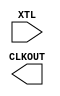
module MSS_XTLOSC( 
    XTL, 
    CLKOUT );

/* synthesis syn_black_box */
/* synthesis black_box_pad_pin ="XTL" */

    output CLKOUT;
    input  XTL;
endmodule

module MSS_LPXTLOSC( 
    LPXIN, 
    CLKOUT );

/* synthesis syn_black_box */
/* synthesis black_box_pad_pin ="LPXIN" */

    output CLKOUT;
    input  LPXIN;
endmodule

module INBUF_MSS( 
    PAD, 
    Y );

/* synthesis syn_black_box */
/* synthesis black_box_pad_pin ="PAD" */

    input  PAD;
    output Y;

parameter ACT_PIN    = "";
parameter ACT_CONFIG = 1'b0;
endmodule

module OUTBUF_MSS( 
    D, 
    PAD );

/* synthesis syn_black_box */
/* synthesis black_box_pad_pin ="PAD" */

    input  D;
    output PAD;

parameter ACT_PIN    = "";
parameter ACT_CONFIG = 1'b0;
endmodule

module TRIBUFF_MSS( 
    D, 
    E, 
    PAD );

/* synthesis syn_black_box */
/* synthesis black_box_pad_pin ="PAD" */

    input  D;
    input  E;
    output PAD;

parameter ACT_PIN    = "";
parameter ACT_CONFIG = 1'b0;
endmodule

module BIBUF_MSS(
    PAD,
    D, 
    E, 
    Y );

/* synthesis syn_black_box */
/* synthesis black_box_pad_pin ="PAD" */

    inout  PAD;
    input  D;
    input  E;
    output Y;

parameter ACT_PIN    = "";
parameter ACT_CONFIG = 1'b0;
endmodule

module BIBUF_OPEND_MSS(
    PAD, 
    E, 
    Y );

/* synthesis syn_black_box */
/* synthesis black_box_pad_pin ="PAD" */

    inout PAD;
    input E;
    output Y;

parameter ACT_PIN    = "";
parameter ACT_CONFIG = 1'b0;
endmodule

module INBUF_MCCC( 
    PAD, 
    Y );

/* synthesis syn_black_box */
/* synthesis black_box_pad_pin ="PAD" */

    input  PAD;
    output Y;

parameter ACT_PIN    = "";
parameter ACT_CONFIG = 1'b0;
endmodule

module INBUF_LVPECL_MCCC( 
    PADP, 
    PADN, 
    Y );

/* synthesis syn_black_box */
/* synthesis black_box_pad_pin ="PADP, PADN" */

    input  PADP;
    input  PADN;
    output Y;

parameter ACT_PIN    = "";
endmodule

module INBUF_LVDS_MCCC( 
    PADP, 
    PADN, 
    Y );

/* synthesis syn_black_box */
/* synthesis black_box_pad_pin ="PADP, PADN" */

    input  PADP;
    input  PADN;
    output Y;

parameter ACT_PIN    = "";
endmodule

module MSSINT(Y,A);
/* synthesis syn_black_box */
   input A;
   output Y;
endmodule

module MSS_CCC(
       CLKA,
       EXTFB,
       GLA,
       GLAMSS,
       LOCK,
       LOCKMSS,
       CLKB,
       GLB,
       YB,
       CLKC,
       GLC,
       YC,
       MACCLK,
       OADIV,
       OADIVHALF,
       OAMUX,
       BYPASSA,
       DLYGLA,
       DLYGLAMSS,
       DLYGLAFAB,
       OBDIV,
       OBDIVHALF,
       OBMUX,
       BYPASSB,
       DLYGLB,
       OCDIV,
       OCDIVHALF,
       OCMUX,
       BYPASSC,
       DLYGLC,
       FINDIV,
       FBDIV,
       FBDLY,
       FBSEL,
       XDLYSEL,
       GLMUXSEL,
       GLMUXCFG
    );
/* synthesis syn_black_box */
input  CLKA;
input  EXTFB;
output GLA;
output GLAMSS;
output LOCK;
output LOCKMSS;
input  CLKB;
output GLB;
output YB;
input  CLKC;
output GLC;
output YC;
output MACCLK;
input  [4:0] OADIV;
input  OADIVHALF;
input  [2:0] OAMUX;
input  BYPASSA;
input  [4:0] DLYGLA;
input  [4:0] DLYGLAMSS;
input  [4:0] DLYGLAFAB;
input  [4:0] OBDIV;
input  OBDIVHALF;
input  [2:0] OBMUX;
input  BYPASSB;
input  [4:0] DLYGLB;
input  [4:0] OCDIV;
input  OCDIVHALF;
input  [2:0] OCMUX;
input  BYPASSC;
input  [4:0] DLYGLC;
input  [6:0] FINDIV;
input  [6:0] FBDIV;
input  [4:0] FBDLY;
input  [1:0] FBSEL;
input  XDLYSEL;
input  [1:0] GLMUXSEL;
input  [1:0] GLMUXCFG;

    parameter VCOFREQUENCY = 0.0;

endmodule

module MSS_ALL(
       HMADDR,
       HMWDATA,
       HMTRANS,
       HMSIZE,
       HMMASTLOCK,
       HMAHBWRITE,
       HMRDATA,
       HMAHBREADY,
       HMRESP,
       FMADDR,
       FMWDATA,
       FMTRANS,
       FMSIZE,
       FMMASTLOCK,
       FMAHBWRITE,
       FMAHBSEL,
       FMAHBREADY,
       FMRDATA,
       FMREADYOUT,
       FMRESP,
       HMPSEL,
       HMPENABLE,
       HMPWRITE,
       FMPSLVERR,
       HMPREADY,
       HMPSLVERR,
       FMPSEL,
       FMPENABLE,
       FMPWRITE,
       FMPREADY,

       SYNCCLKFDBK,
       CALIBOUT,
       CALIBIN,
       FABINT,
       MSSINT,
       WDINT,
       F2MRESETn,
       DMAREADY,
       RXEV,
       VRON,
       M2FRESETn,
       DEEPSLEEP,
       SLEEP,
       TXEV,
       UART0CTSn,
       UART0DSRn,
       UART0RIn,
       UART0DCDn,
       UART0RTSn,
       UART0DTRn,
       UART1CTSn,
       UART1DSRn,
       UART1RIn,
       UART1DCDn,
       UART1RTSn,
       UART1DTRn,
       I2C0SMBUSNI,
       I2C0SMBALERTNI,
       I2C0BCLK,
       I2C0SMBUSNO,
       I2C0SMBALERTNO,
       I2C1SMBUSNI,
       I2C1SMBALERTNI,
       I2C1BCLK,
       I2C1SMBUSNO,
       I2C1SMBALERTNO,
       MACM2FTXD,
       MACF2MRXD,
       MACM2FTXEN,
       MACF2MCRSDV,
       MACF2MRXER,
       MACF2MMDI,
       MACM2FMDO,
       MACM2FMDEN,
       MACM2FMDC,
       FABSDD0D,
       FABSDD1D,
       FABSDD2D,
       FABSDD0CLK,
       FABSDD1CLK,
       FABSDD2CLK,
       FABACETRIG,
       ACEFLAGS,
       CMP0,
       CMP1,
       CMP2,
       CMP3,
       CMP4,
       CMP5,
       CMP6,
       CMP7,
       CMP8,
       CMP9,
       CMP10,
       CMP11,
       LVTTL0EN,
       LVTTL1EN,
       LVTTL2EN,
       LVTTL3EN,
       LVTTL4EN,
       LVTTL5EN,
       LVTTL6EN,
       LVTTL7EN,
       LVTTL8EN,
       LVTTL9EN,
       LVTTL10EN,
       LVTTL11EN,
       LVTTL0,
       LVTTL1,
       LVTTL2,
       LVTTL3,
       LVTTL4,
       LVTTL5,
       LVTTL6,
       LVTTL7,
       LVTTL8,
       LVTTL9,
       LVTTL10,
       LVTTL11,
       PUFABn,
       VCC15GOOD,
       VCC33GOOD,
       FCLK,
       MACCLKCCC,
       RCOSC,
       MACCLK,
       PLLLOCK,
       MSSRESETn,
       GPI,
       GPO,
       GPOE,
       SPI0DO,
       SPI0DOE,
       SPI0DI,
       SPI0CLKI,
       SPI0CLKO,
       SPI0MODE,
       SPI0SSI,
       SPI0SSO,
       UART0TXD,
       UART0RXD,
       I2C0SDAI,
       I2C0SDAO,
       I2C0SCLI,
       I2C0SCLO,
       SPI1DO,
       SPI1DOE,
       SPI1DI,
       SPI1CLKI,
       SPI1CLKO,
       SPI1MODE,
       SPI1SSI,
       SPI1SSO,
       UART1TXD,
       UART1RXD,
       I2C1SDAI,
       I2C1SDAO,
       I2C1SCLI,
       I2C1SCLO,
       MACTXD,
       MACRXD,
       MACTXEN,
       MACCRSDV,
       MACRXER,
       MACMDI,
       MACMDO,
       MACMDEN,
       MACMDC,
       EMCCLK,
       EMCCLKRTN,
       EMCRDB,
       EMCAB,
       EMCWDB,
       EMCRWn,
       EMCCS0n,
       EMCCS1n,
       EMCOEN0n,
       EMCOEN1n,
       EMCBYTEN,
       EMCDBOE,
       ADC0,
       ADC1,
       ADC2,
       ADC3,
       ADC4,
       ADC5,
       ADC6,
       ADC7,
       ADC8,
       ADC9,
       ADC10,
       ADC11,
       SDD0,
       SDD1,
       SDD2,
       ABPS0,
       ABPS1,
       ABPS2,
       ABPS3,
       ABPS4,
       ABPS5,
       ABPS6,
       ABPS7,
       ABPS8,
       ABPS9,
       ABPS10,
       ABPS11,
       TM0,
       TM1,
       TM2,
       TM3,
       TM4,
       TM5,
       CM0,
       CM1,
       CM2,
       CM3,
       CM4,
       CM5,
       GNDTM0,
       GNDTM1,
       GNDTM2,
       VAREF0,
       VAREF1,
       VAREF2,
       VAREFOUT,
       GNDVAREF,
       PUn
    );
/* synthesis syn_black_box */
output [19:0] HMADDR;
output [31:0] HMWDATA;
output        HMTRANS;
output [1:0]  HMSIZE;
output        HMMASTLOCK;
output        HMAHBWRITE;
input  [31:0] HMRDATA;
input         HMAHBREADY;
input         HMRESP;
input  [31:0] FMADDR;
input  [31:0] FMWDATA;
input         FMTRANS;
input  [1:0]  FMSIZE;
input         FMMASTLOCK;
input         FMAHBWRITE;
input         FMAHBSEL;
input         FMAHBREADY;
output [31:0] FMRDATA;
output        FMREADYOUT;
output        FMRESP;
output        HMPSEL;
output        HMPENABLE;
output        HMPWRITE;
output        FMPSLVERR;
input         HMPREADY;
input         HMPSLVERR;
input         FMPSEL;
input         FMPENABLE;
input         FMPWRITE;
output        FMPREADY;
input  SYNCCLKFDBK;
output CALIBOUT;
input  CALIBIN;
input  FABINT;
output [7:0] MSSINT;
output WDINT;
input  F2MRESETn;
input  [1:0] DMAREADY;
input  RXEV;
input  VRON;
output M2FRESETn;
output DEEPSLEEP;
output SLEEP;
output TXEV;
input  UART0CTSn;
input  UART0DSRn;
input  UART0RIn;
input  UART0DCDn;
output UART0RTSn;
output UART0DTRn;
input  UART1CTSn;
input  UART1DSRn;
input  UART1RIn;
input  UART1DCDn;
output UART1RTSn;
output UART1DTRn;
input  I2C0SMBUSNI;
input  I2C0SMBALERTNI;
input  I2C0BCLK;
output I2C0SMBUSNO;
output I2C0SMBALERTNO;
input  I2C1SMBUSNI;
input  I2C1SMBALERTNI;
input  I2C1BCLK;
output I2C1SMBUSNO;
output I2C1SMBALERTNO;
output [1:0] MACM2FTXD;
input  [1:0] MACF2MRXD;
output MACM2FTXEN;
input  MACF2MCRSDV;
input  MACF2MRXER;
input  MACF2MMDI;
output MACM2FMDO;
output MACM2FMDEN;
output MACM2FMDC;
input  FABSDD0D;
input  FABSDD1D;
input  FABSDD2D;
input  FABSDD0CLK;
input  FABSDD1CLK;
input  FABSDD2CLK;
input  FABACETRIG;
output [31:0] ACEFLAGS;
output CMP0;
output CMP1;
output CMP2;
output CMP3;
output CMP4;
output CMP5;
output CMP6;
output CMP7;
output CMP8;
output CMP9;
output CMP10;
output CMP11;
input  LVTTL0EN;
input  LVTTL1EN;
input  LVTTL2EN;
input  LVTTL3EN;
input  LVTTL4EN;
input  LVTTL5EN;
input  LVTTL6EN;
input  LVTTL7EN;
input  LVTTL8EN;
input  LVTTL9EN;
input  LVTTL10EN;
input  LVTTL11EN;
output LVTTL0;
output LVTTL1;
output LVTTL2;
output LVTTL3;
output LVTTL4;
output LVTTL5;
output LVTTL6;
output LVTTL7;
output LVTTL8;
output LVTTL9;
output LVTTL10;
output LVTTL11;
output PUFABn;
output VCC15GOOD;
output VCC33GOOD;
input  FCLK;
input  MACCLKCCC;
input  RCOSC;
input  MACCLK;
input  PLLLOCK;
input  MSSRESETn;
input  [31:0] GPI;
output [31:0] GPO;
output [31:0] GPOE;
output SPI0DO;
output SPI0DOE;
input  SPI0DI;
input  SPI0CLKI;
output SPI0CLKO;
output SPI0MODE;
input  SPI0SSI;
output [7:0] SPI0SSO;
output UART0TXD;
input  UART0RXD;
input  I2C0SDAI;
output I2C0SDAO;
input  I2C0SCLI;
output I2C0SCLO;
output SPI1DO;
output SPI1DOE;
input  SPI1DI;
input  SPI1CLKI;
output SPI1CLKO;
output SPI1MODE;
input  SPI1SSI;
output [7:0] SPI1SSO;
output UART1TXD;
input  UART1RXD;
input  I2C1SDAI;
output I2C1SDAO;
input  I2C1SCLI;
output I2C1SCLO;
output [1:0] MACTXD;
input  [1:0] MACRXD;
output MACTXEN;
input  MACCRSDV;
input  MACRXER;
input  MACMDI;
output MACMDO;
output MACMDEN;
output MACMDC;
output EMCCLK;
input  EMCCLKRTN;
input  [15:0] EMCRDB;
output [25:0] EMCAB;
output [15:0] EMCWDB;
output EMCRWn;
output EMCCS0n;
output EMCCS1n;
output EMCOEN0n;
output EMCOEN1n;
output [1:0] EMCBYTEN;
output EMCDBOE;
input  ADC0;
input  ADC1;
input  ADC2;
input  ADC3;
input  ADC4;
input  ADC5;
input  ADC6;
input  ADC7;
input  ADC8;
input  ADC9;
input  ADC10;
input  ADC11;
output SDD0;
output SDD1;
output SDD2;
input  ABPS0;
input  ABPS1;
input  ABPS2;
input  ABPS3;
input  ABPS4;
input  ABPS5;
input  ABPS6;
input  ABPS7;
input  ABPS8;
input  ABPS9;
input  ABPS10;
input  ABPS11;
input  TM0;
input  TM1;
input  TM2;
input  TM3;
input  TM4;
input  TM5;
input  CM0;
input  CM1;
input  CM2;
input  CM3;
input  CM4;
input  CM5;
input  GNDTM0;
input  GNDTM1;
input  GNDTM2;
input  VAREF0;
input  VAREF1;
input  VAREF2;
output VAREFOUT;
input  GNDVAREF;
input  PUn;

parameter ACT_CONFIG = 1'b0;
parameter ACT_FCLK   = 0;
parameter ACT_DIE    = "";
parameter ACT_PKG    = "";

endmodule